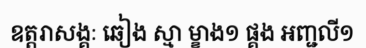
ឧត្តរាសង្គៈ ឆៀង ស្មា ម្ខាង១ ផ្គង អញ្ជលី១